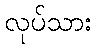
လုပ်သား